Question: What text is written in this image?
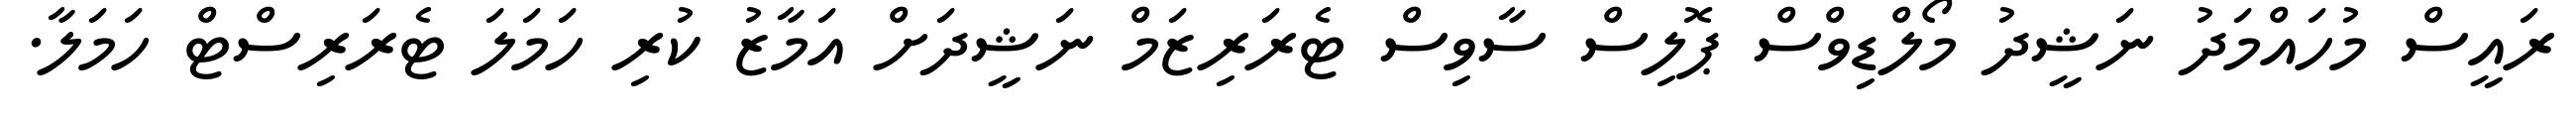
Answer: ރައީސް މުހައްމަދު ނަޝީދު މޯލްޑިވްސް ޕޮލިސް ސާވިސް ޓެރަރިޒަމް ނަޝީދަށް އަމާޒު ކުރި ހަމަލަ ޓެރަރިސްޓް ހަމަލާ.